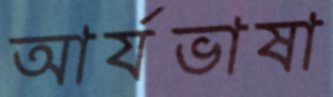
আর্যভাষা